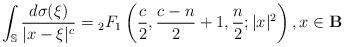
LaTeX: \begin{align*} \int_{\mathbb{S}}\frac{d\sigma(\xi)}{|x-\xi|^{c}}={}_2F_{1}\left(\frac{c}{2},\frac{c-n}{2}+1,\frac{n}{2};|x|^{2}\right),x\in \mathbf{B} \end{align*}